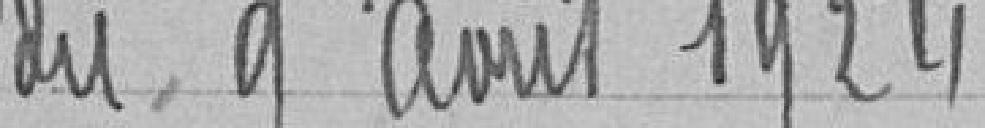
du 9 août 1924